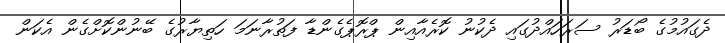
ދެގައުމުގެ ބޯޑަރު ސަރަހައްދުގައި ދެކުނު ކޮރެއާއިން ޕްރޮޕެގެންޑާ ފަތުރާނަމަ ހަތިޔާރުގެ ބޭނުންކޮށްގެން އެކަން